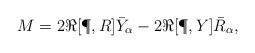
LaTeX: \begin{align*}M = 2\Re [\P,R]\bar Y_\alpha - 2\Re[\P,Y]\bar R_\alpha,\end{align*}